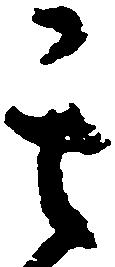
其